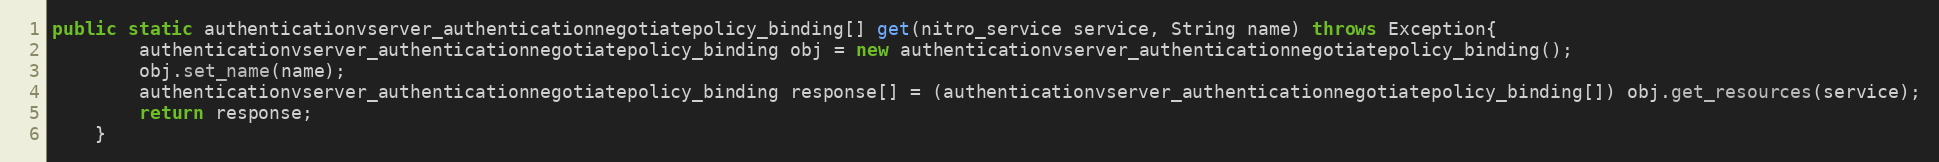
Language: Java
public static authenticationvserver_authenticationnegotiatepolicy_binding[] get(nitro_service service, String name) throws Exception{
		authenticationvserver_authenticationnegotiatepolicy_binding obj = new authenticationvserver_authenticationnegotiatepolicy_binding();
		obj.set_name(name);
		authenticationvserver_authenticationnegotiatepolicy_binding response[] = (authenticationvserver_authenticationnegotiatepolicy_binding[]) obj.get_resources(service);
		return response;
	}